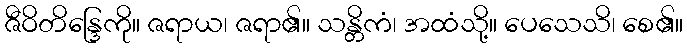
ဇီဝိတိန္ဒြေကို။ ဇရာယ၊ ဇရာ၏။ သန္တိကံ၊ အထံသို့။ ပေသေသိ၊ စေ၏။